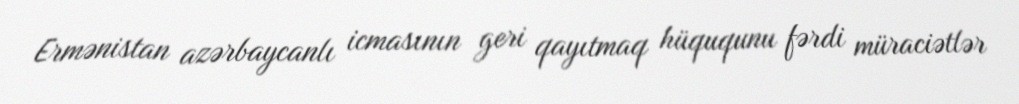
Ermənistan azərbaycanlı icmasının geri qayıtmaq hüququnu fərdi müraciətlər